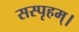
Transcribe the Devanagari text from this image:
सस्पृहम्।